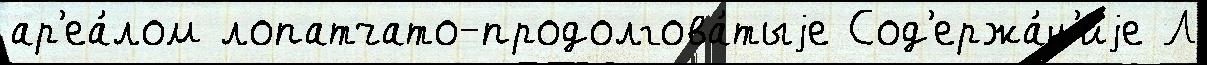
ар'еа́лом лопатчато-продолгова́тыjе Сод'ержа́н'иjе Л